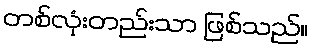
တစ်လုံးတည်းသာ ဖြစ်သည်။